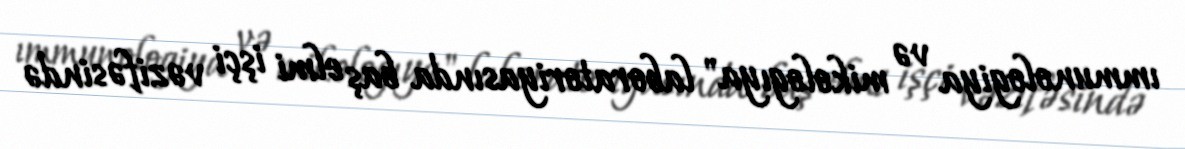
ımmunologiya və mikologıya" laboratoriyasında baş elmi işçi vəzifəsində